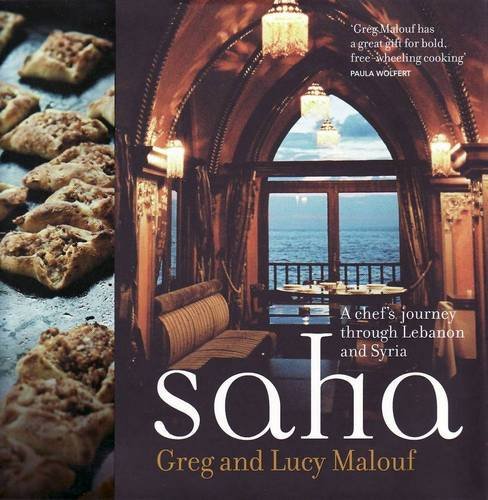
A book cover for Saha: A Chef's Journey Through Lebanon and Syria; Greg Malouf; Travel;